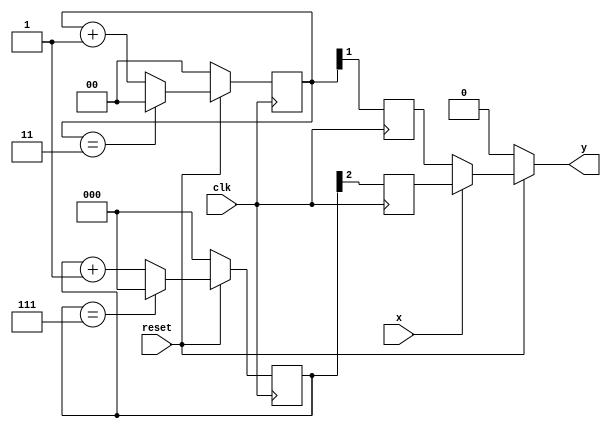
`timescale 1ns / 1ps
//////////////////////////////////////////////////////////////////////////////////
// Company: 
// Engineer: 
// 
// Design Name: 
// Module Name:    two_fsk 
// Project Name: 
// Target Devices: 
// Tool versions: 
// Description: 
//
// Dependencies: 
//
// Revision: 
// Revision 0.01 - File Created
// Additional Comments: 
//
//////////////////////////////////////////////////////////////////////////////////
module two_fsk(clk, reset, x, y);
input clk;       //
input reset;     //
input x;         //
output y;        //2-FSK


reg [2:0] cnt1;
reg [1:0] cnt2; 

reg f1;
reg f2;

always @(posedge clk) begin
  if(!reset) begin
     cnt1 <= 3'b000;
	  f1 <= 0;
  end
  else
     if(cnt1 == 3'b111) 
	    cnt1 <= 3'b000;
	  else
	    cnt1 <= cnt1 + 1;
	  f1 <= cnt1[2];
end


always @(posedge clk) begin
  if(!reset) begin
     cnt2 <= 2'b00;
	  f2 <= 0;
  end
  else
     if(cnt2 == 2'b11)
	    cnt2 <= 2'b00;
	  else
	    cnt2 <= cnt2 + 1;
	  f2 <= cnt2[1];
end

assign y = (reset == 0) ? 0 :
           (x == 1) ? f1 : f2;

endmodule